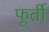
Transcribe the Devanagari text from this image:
फूर्ती